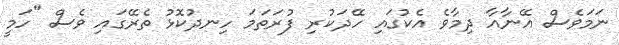
ނަމަވެސް އޭނާއާ ދިމާވެ އެކުގައި ހޭދަކުރި ފުރަތަމަ ހިނދުކޮޅު ތެރޭގައި ވެސް "ހަމީ